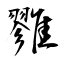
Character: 雡